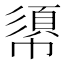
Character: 𢄼